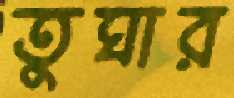
তুঘার